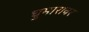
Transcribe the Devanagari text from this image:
घुमारावर